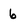
Character: 6